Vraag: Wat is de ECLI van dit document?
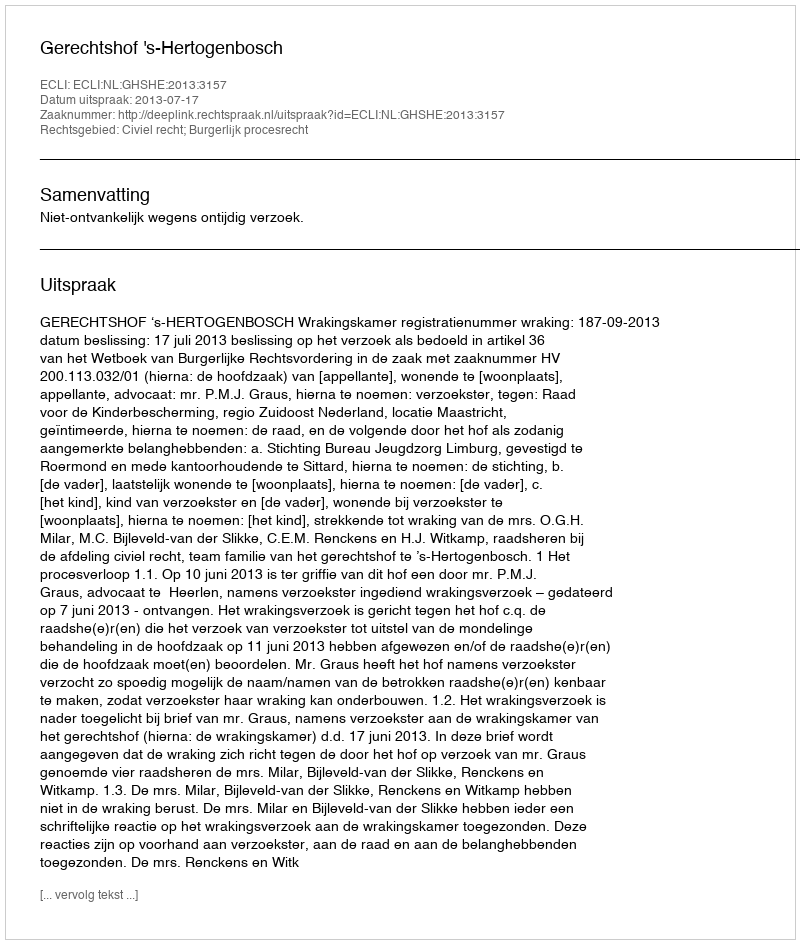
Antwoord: ECLI:NL:GHSHE:2013:3157